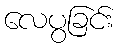
လေပွခြင်း